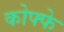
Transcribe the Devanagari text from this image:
कोफ्फे